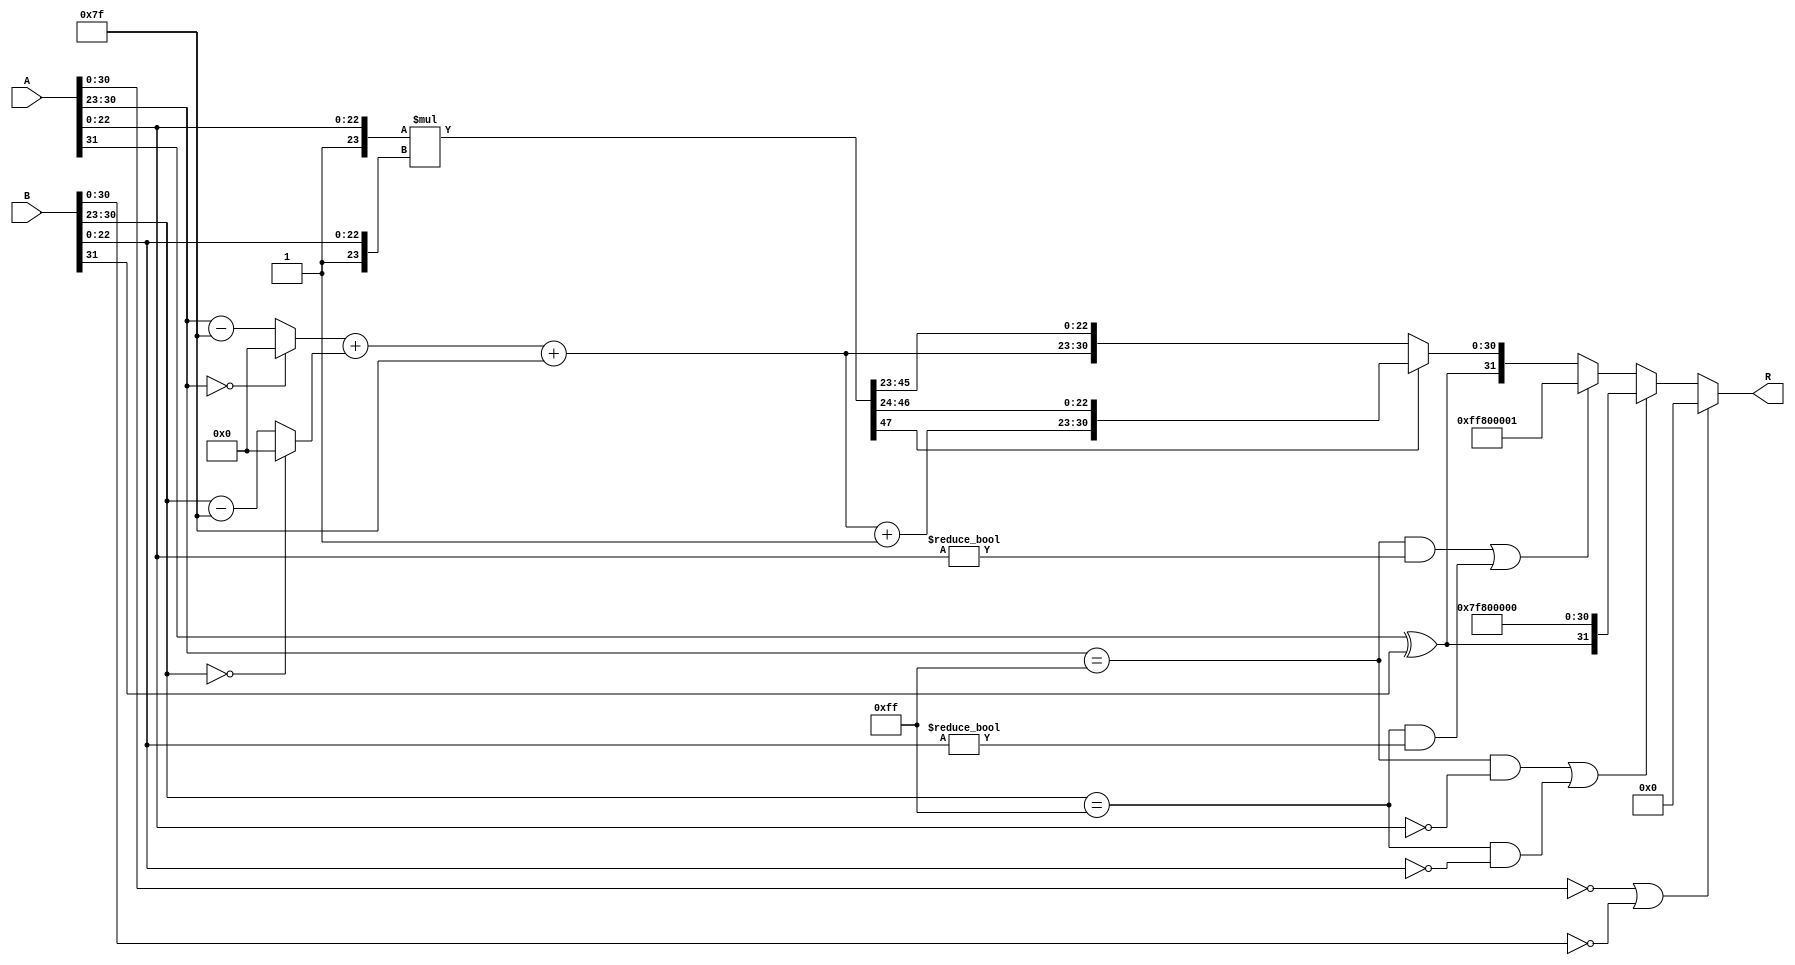
module fp_multiplier (
    input  wire [31:0] A, // First floating-point number
    input  wire [31:0] B, // Second floating-point number
    output reg  [31:0] R  // Resulting floating-point number
);

    // Constants
    localparam EXPONENT_BIAS = 8'd127;
    localparam EXPONENT_MAX = 8'd255;

    // Internal signals
    wire sign_A, sign_B;
    wire [7:0] exp_A, exp_B;
    wire [23:0] frac_A, frac_B;
    wire [7:0] exp_result;
    wire [47:0] frac_result; // 24 + 24 bits for multiplication
    wire sign_result;
    wire [7:0] exp_result_adjusted;
    wire [23:0] frac_result_normalized;
    wire is_zero_A, is_zero_B, is_inf_A, is_inf_B, is_nan_A, is_nan_B;

    // Extract sign, exponent, and fraction
    assign sign_A = A[31];
    assign exp_A = A[30:23];
    assign frac_A = {1'b1, A[22:0]}; // Implicit leading 1 for normalized numbers

    assign sign_B = B[31];
    assign exp_B = B[30:23];
    assign frac_B = {1'b1, B[22:0]}; // Implicit leading 1 for normalized numbers

    // Zero, Infinity, NaN checks
    assign is_zero_A = (A[30:0] == 0);
    assign is_zero_B = (B[30:0] == 0);
    assign is_inf_A = (exp_A == EXPONENT_MAX && frac_A[22:0] == 0);
    assign is_inf_B = (exp_B == EXPONENT_MAX && frac_B[22:0] == 0);
    assign is_nan_A = (exp_A == EXPONENT_MAX && frac_A[22:0] != 0);
    assign is_nan_B = (exp_B == EXPONENT_MAX && frac_B[22:0] != 0);

    // Sign result calculation
    assign sign_result = sign_A ^ sign_B;

    // Exponent result calculation
    assign exp_result_adjusted = (exp_A == 0 ? 0 : exp_A - EXPONENT_BIAS) + (exp_B == 0 ? 0 : exp_B - EXPONENT_BIAS) + EXPONENT_BIAS;

    // Fraction multiplication
    assign frac_result = frac_A * frac_B; // 24 * 24 = 48 bits

    // Normalization
    always @(*) begin
        if (is_zero_A || is_zero_B) begin
            R = 32'b0; // If either input is zero, output is zero
        end else if (is_inf_A || is_inf_B) begin
            R = {sign_result, EXPONENT_MAX, 23'b0}; // If either input is infinity, output is infinity
        end else if (is_nan_A || is_nan_B) begin
            R = {1'b1, EXPONENT_MAX, 23'b1}; // If either input is NaN, output is NaN
        end else begin
            // Normalization
            if (frac_result[47]) begin
                // Result is greater than 1, shift right
                R = {sign_result, exp_result_adjusted + 1'b1, frac_result[46:24]}; // Adjust exponent
            end else begin
                // Result is less than 1, shift left
                R = {sign_result, exp_result_adjusted, frac_result[45:23]}; // No adjustment needed
            end
        end
    end

endmodule